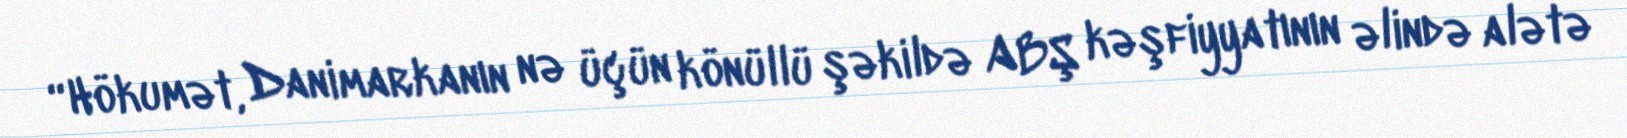
“Hökumət, Danimarkanın nə üçün könüllü şəkildə ABŞ kəşfiyyatının əlində alətə